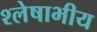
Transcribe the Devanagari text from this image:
श्लेषाभीय